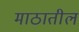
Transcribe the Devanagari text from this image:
माठातील